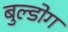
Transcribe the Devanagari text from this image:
बुल्डोग